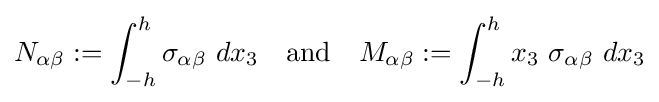
N_{\alpha \beta }:=\int _{-h}^{h}\sigma _{\alpha \beta }~dx_{3}\quad {\text{and}}\quad M_{\alpha \beta }:=\int _{-h}^{h}x_{3}~\sigma _{\alpha \beta }~dx_{3}